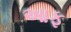
આફ